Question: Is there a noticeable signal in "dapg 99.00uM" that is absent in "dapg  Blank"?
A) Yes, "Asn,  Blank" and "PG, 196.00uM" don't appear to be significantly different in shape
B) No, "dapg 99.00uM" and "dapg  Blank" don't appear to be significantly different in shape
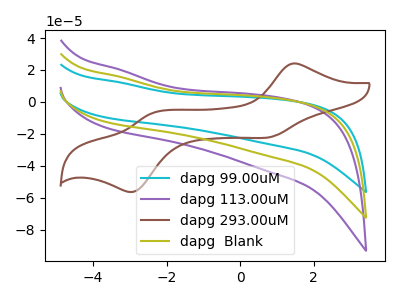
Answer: <think>The cyan curve "dapg 99.00uM" has no peaks. The purple curve "dapg 113.00uM" has no peaks. The brown curve "dapg 293.00uM" has anodic peaks at (1.40V, 23.95uA) (-2.35V, -6.85uA) and cathodic peaks at (0.85V, -21.95uA) (-2.85V, -56.10uA). The olive curve "dapg  Blank" has no peaks.
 Neither "dapg 99.00uM" or "dapg  Blank" have any peaks.</think>
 <answer>B) No, "dapg 99.00uM" and "dapg  Blank" don't appear to be significantly different in shape</answer>
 <eval>B</eval>